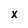
Character: x